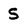
Character: 5